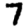
Digit: 7